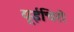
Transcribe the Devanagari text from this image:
यूईचिरो